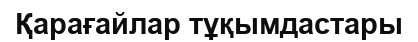
Қарағайлар тұқымдастары